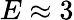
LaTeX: {E\approx 3}